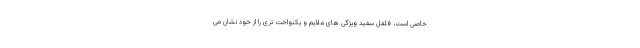
خاصی است، فلفل سفید ویژگی های ملایم و یکنواخت تری را از خود نشان می